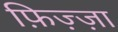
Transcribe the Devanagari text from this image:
फ़िज़्ज़ा